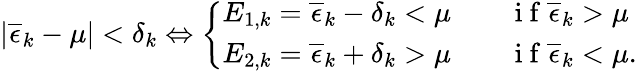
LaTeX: \left|\overline{{\epsilon}}_{k}-\mu\right|<\delta_{k}\Leftrightarrow\left\{ \begin{array}{ll}{E_{1,k}=\overline{{\epsilon}}_{k}-\delta_{k}<\mu\qquad\mathrm{~i~f~}\overline{{\epsilon}}_{k}>\mu}\\ {E_{2,k}=\overline{{\epsilon}}_{k}+\delta_{k}>\mu\qquad\mathrm{~i~f~}\overline{{\epsilon}}_{k}<\mu.}\end{array}\right.